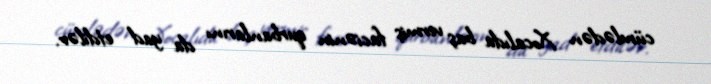
cümlədən Xocalıda baş vermiş faciənin qurbanlarını da yad etdilər.